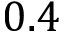
0 . 4